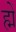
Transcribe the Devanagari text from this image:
ह्में